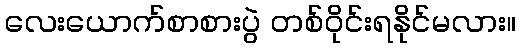
လေးယောက်စာစားပွဲ တစ်ဝိုင်းရနိုင်မလား။